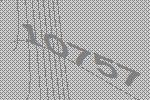
10757